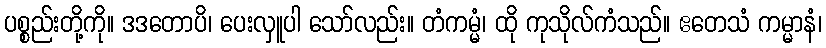
ပစ္စည်းတို့ကို။ ဒဒတောပိ၊ ပေးလှူပါ သော်လည်း။ တံကမ္မံ၊ ထို ကုသိုလ်ကံသည်။ ဧတေသံ ကမ္မာနံ၊